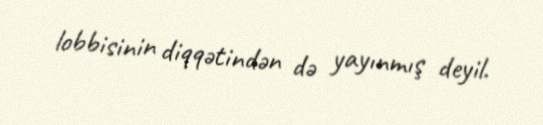
lobbisinin diqqətindən də yayınmış deyil.